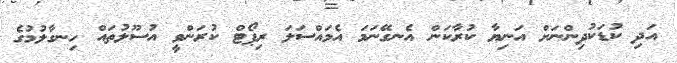
އަދި ކުޑަކުދިންނަށް އަނިޔާ ކުރާކަން އެނގޭނަމަ އެމައްސަލަ ރިޕޯޓް ކުރަންވީ އުސޫލުތައް ހިނގާލުމުގެ